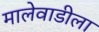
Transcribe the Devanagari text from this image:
मालेवाडीला